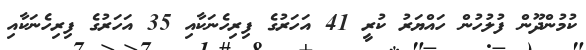
ކުމުންދޫން ފުލުހުން ހައްޔަރު ކުރީ 41 އަހަރުގެ ފިރިހެނަކާއި 35 އަހަރުގެ ފިރިހެނަކާއި